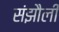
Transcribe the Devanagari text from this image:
संझौली